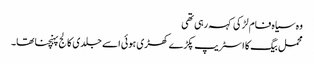
وہ سیاہ فام لڑکی کہہ رہی تھی
محمل بیگ کا اسٹریپ پکڑے کھڑی ہوئی اسے جلدی کالج پہنچنا تھا۔